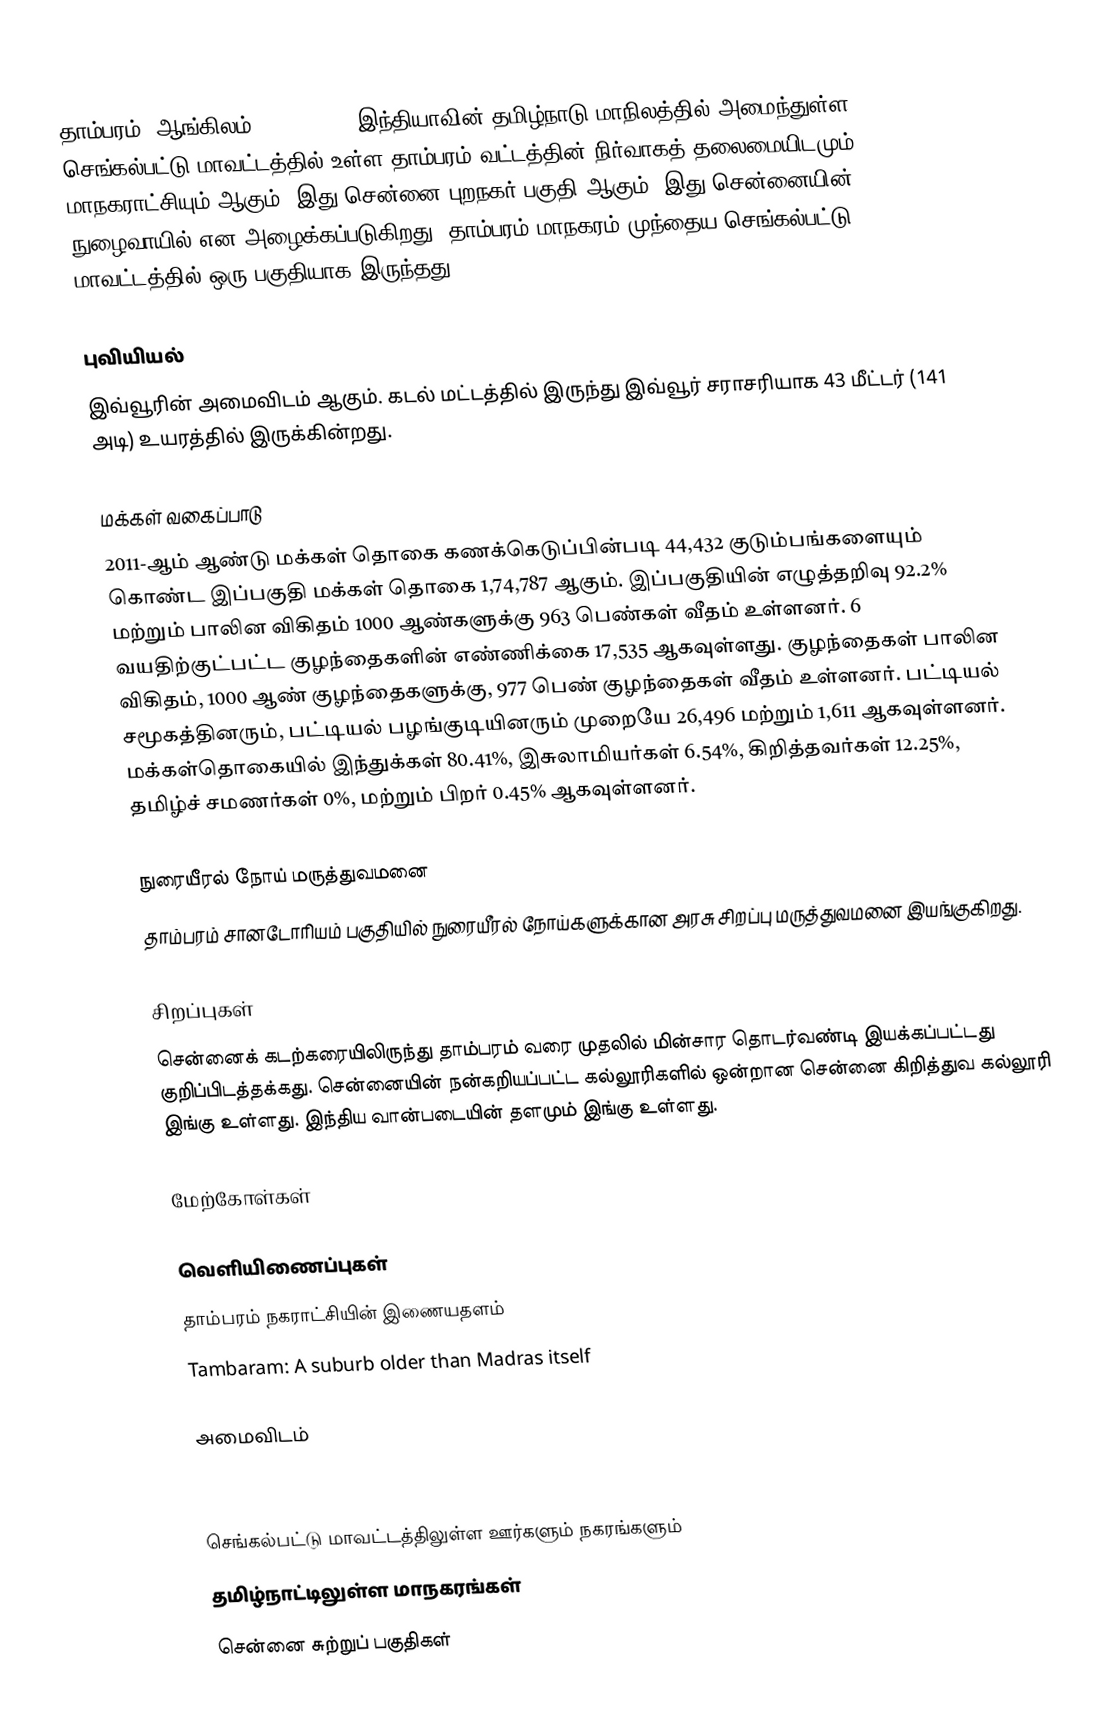
தாம்பரம் (ஆங்கிலம்: Tambaram), இந்தியாவின் தமிழ்நாடு மாநிலத்தில்  அமைந்துள்ள செங்கல்பட்டு மாவட்டத்தில் உள்ள தாம்பரம் வட்டத்தின் நிர்வாகத் தலைமையிடமும், மாநகராட்சியும் ஆகும். இது சென்னை புறநகர் பகுதி ஆகும். இது சென்னையின் நுழைவாயில் என அழைக்கப்படுகிறது. தாம்பரம் மாநகரம் முந்தைய செங்கல்பட்டு மாவட்டத்தில் ஒரு பகுதியாக இருந்தது.

புவியியல்
இவ்வூரின் அமைவிடம்  ஆகும். கடல் மட்டத்தில் இருந்து இவ்வூர் சராசரியாக 43 மீட்டர் (141 அடி) உயரத்தில் இருக்கின்றது.

மக்கள் வகைப்பாடு
2011-ஆம் ஆண்டு மக்கள் தொகை கணக்கெடுப்பின்படி 44,432 குடும்பங்களையும் கொண்ட இப்பகுதி மக்கள் தொகை 1,74,787 ஆகும். இப்பகுதியின் எழுத்தறிவு 92.2%  மற்றும் பாலின விகிதம் 1000 ஆண்களுக்கு 963 பெண்கள் வீதம் உள்ளனர். 6 வயதிற்குட்பட்ட குழந்தைகளின்  எண்ணிக்கை  17,535 ஆகவுள்ளது. குழந்தைகள் பாலின விகிதம், 1000 ஆண் குழந்தைகளுக்கு, 977  பெண் குழந்தைகள் வீதம் உள்ளனர். பட்டியல் சமூகத்தினரும், பட்டியல் பழங்குடியினரும்  முறையே 26,496 மற்றும் 1,611 ஆகவுள்ளனர். மக்கள்தொகையில் இந்துக்கள் 80.41%,  இசுலாமியர்கள் 6.54%, கிறித்தவர்கள் 12.25%, தமிழ்ச் சமணர்கள் 0%, மற்றும் பிறர் 0.45% ஆகவுள்ளனர்.

நுரையீரல் நோய் மருத்துவமனை
தாம்பரம் சானடோரியம் பகுதியில் நுரையீரல் நோய்களுக்கான அரசு சிறப்பு மருத்துவமனை இயங்குகிறது.

சிறப்புகள்
சென்னைக் கடற்கரையிலிருந்து தாம்பரம் வரை முதலில் மின்சார தொடர்வண்டி இயக்கப்பட்டது குறிப்பிடத்தக்கது. சென்னையின் நன்கறியப்பட்ட கல்லூரிகளில் ஒன்றான சென்னை கிறித்துவ கல்லூரி இங்கு உள்ளது. இந்திய வான்படையின் தளமும் இங்கு உள்ளது.

மேற்கோள்கள்

வெளியிணைப்புகள்
 தாம்பரம் நகராட்சியின் இணையதளம்
 Tambaram: A suburb older than Madras itself

அமைவிடம்

செங்கல்பட்டு மாவட்டத்திலுள்ள ஊர்களும் நகரங்களும்
தமிழ்நாட்டிலுள்ள மாநகரங்கள்
சென்னை சுற்றுப் பகுதிகள்